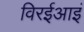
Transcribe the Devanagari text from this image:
विरईआइं